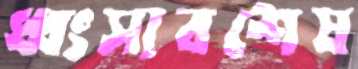
ধ্বংসাবশেষ